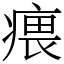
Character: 㾯